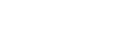
တစ်ခုလုံးကို